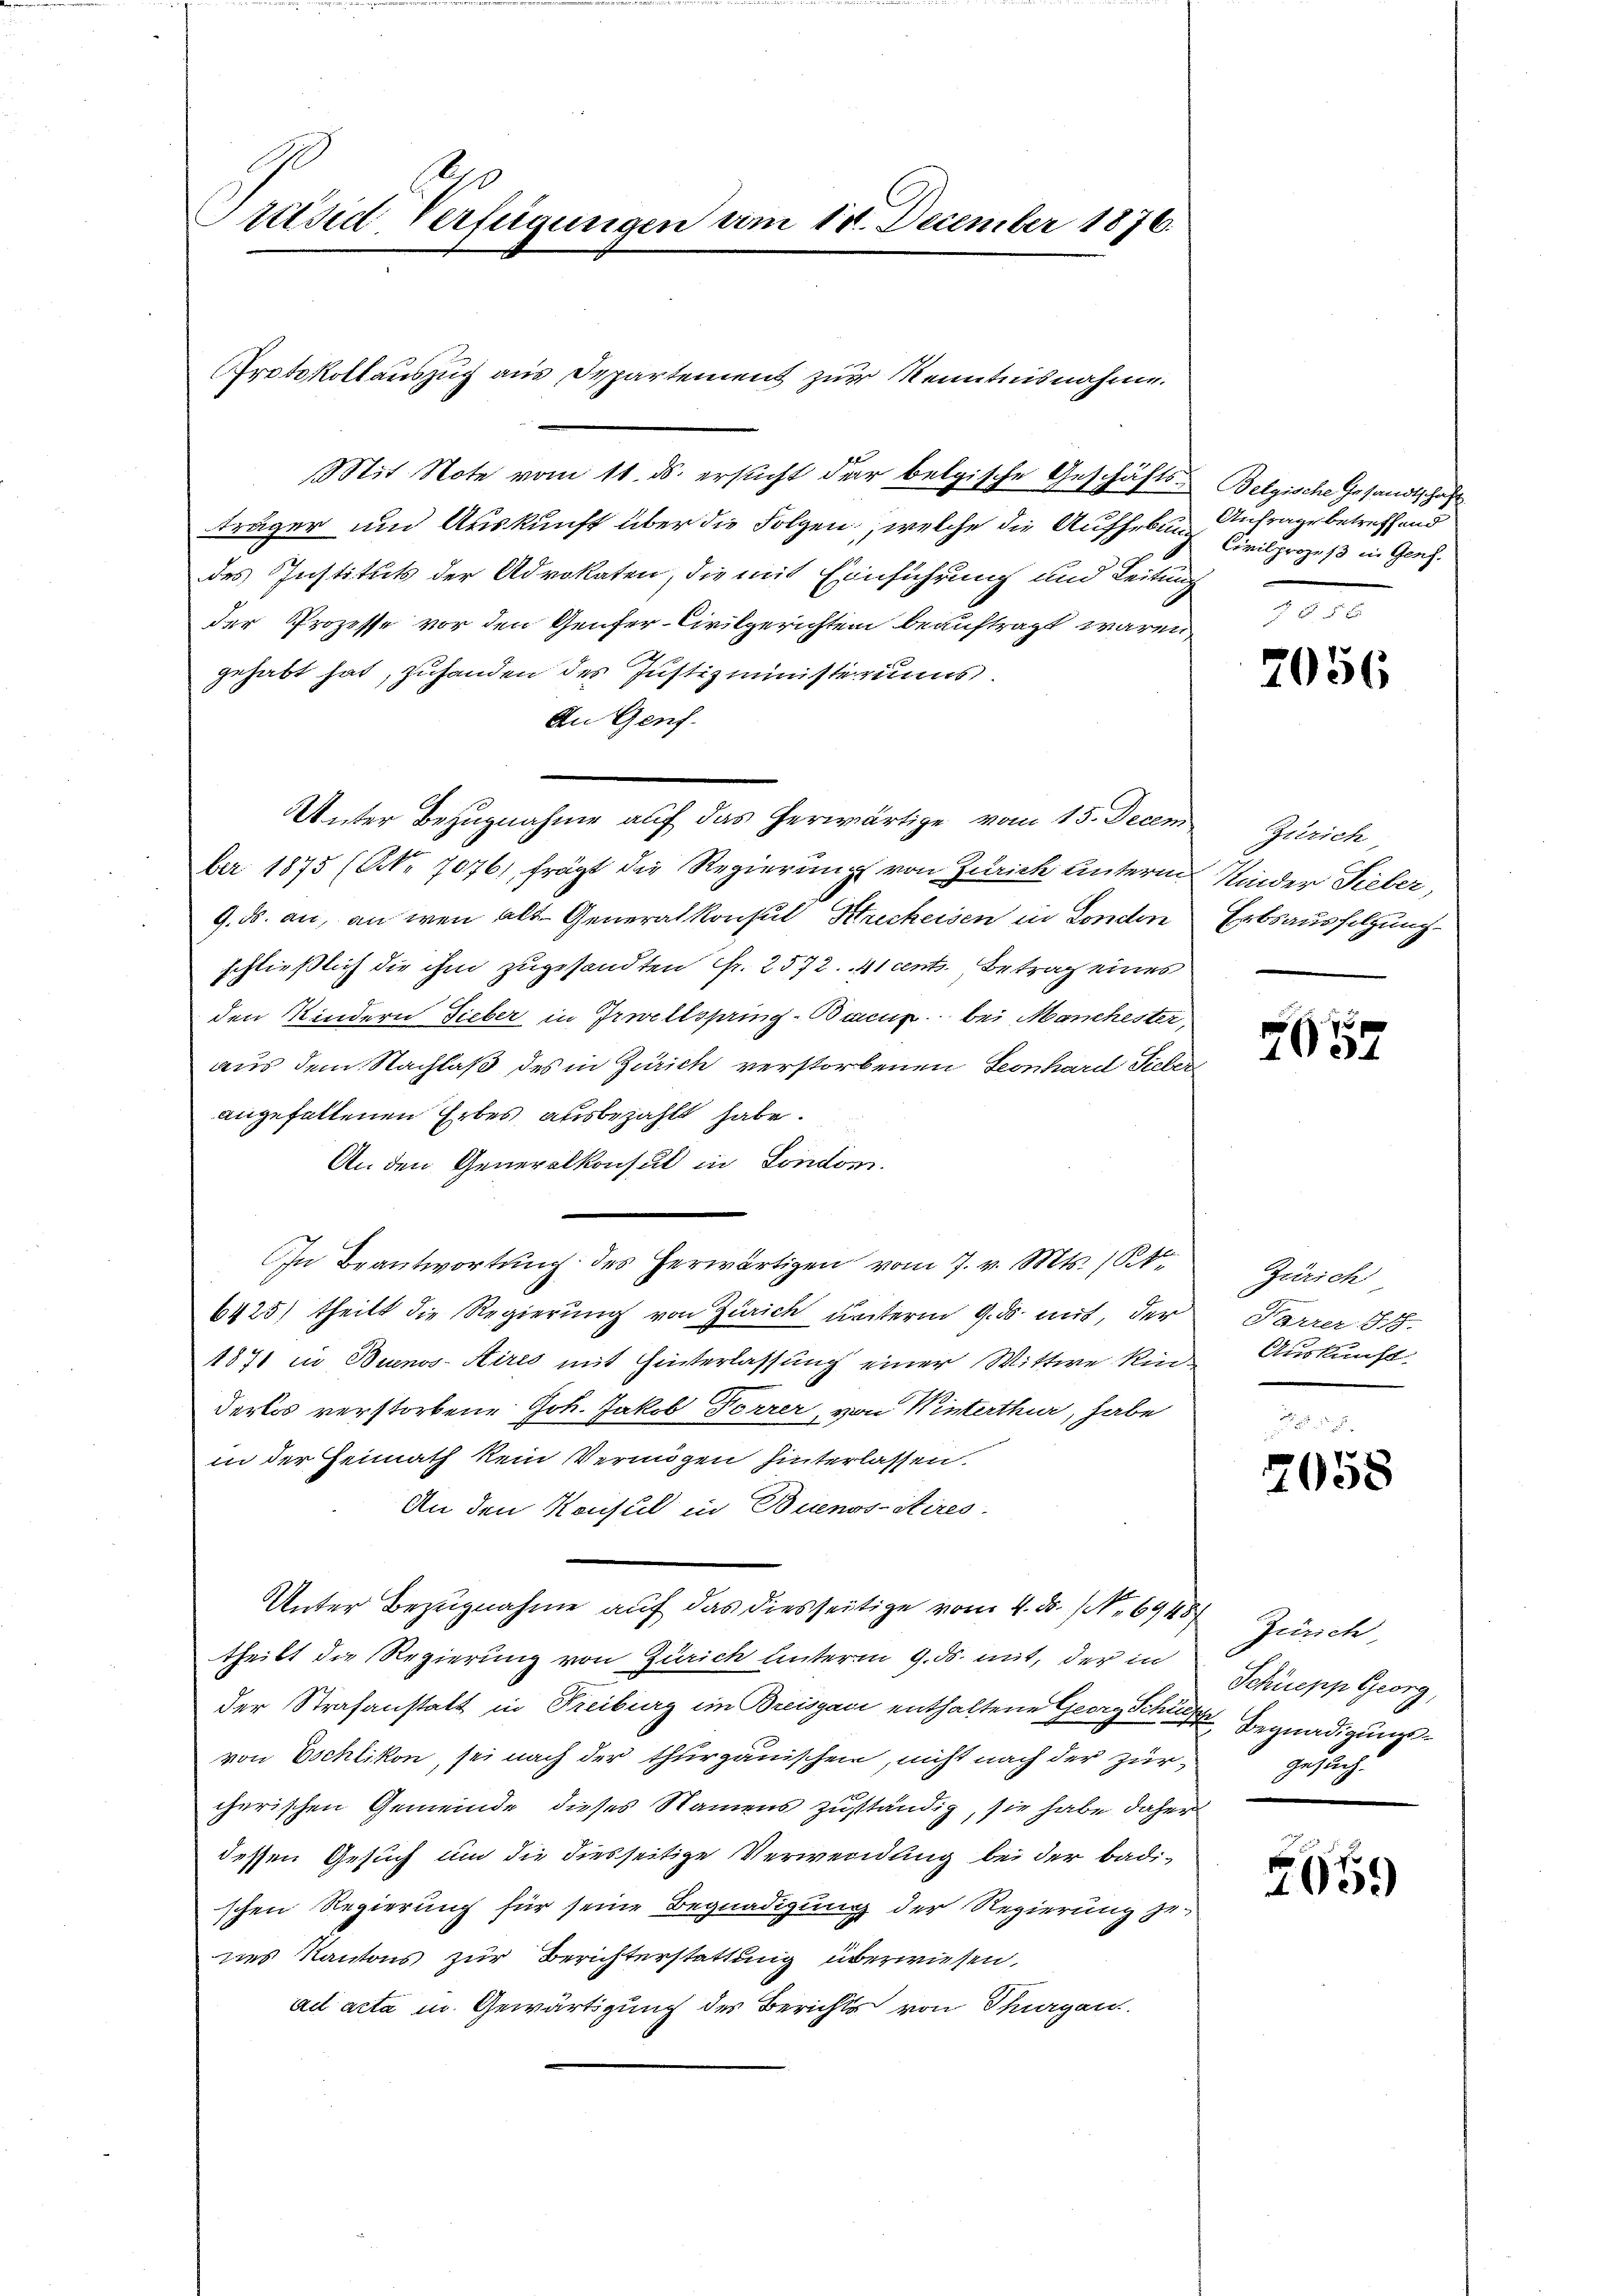
Präsid-Verfügungen am 18. December 1876.

Mit Note vom 11. ds. ersucht der belgische Geschäftsträger und Auskunft über die Folgen, welche die Aufhebundes Instituts der Advokaten, die mit Einführung und Leitung
der Prozesse vor den Genfer-Civilgerichten beauftragt waren,
gehabt hat, zuhanden des Justizministeriums
An Genf.
Unter Bezugnahme auf das herwärtige vom 15. Decem
ber 1875 (NNr. 70761, frägt die Regierung von Zürich unterm
9. ds. an, an wen alt- Generalkonsul Streckeisen in Fonden Erbsausfolgung
schließlich die ihm zugesandten Fr. 2572. 41 cent. Betrag eines
den Kindern Sieber in Irweltspring-Bacur bei Manchester,
aus dem Nachlaß des in Zürich verstorbenen Seonhard Sieber
angefallenen Erbes ausbezahlt habe.
An den Generalkonsul in London.
6425) theilt die Regierung von Zürich unterm 9. ds. mit, der
1871 in Buenos-Aires mit Hinterlassung einer Wittwe Kin- Auskunft
derlos verstorbene Joh. Jakob Forrer, von Winterthur, habe
in der Heimath kein Vermögen hinterlassen.
An den Konsul in Buenos-Aires.
Unter Bezugnahme auf das diesseitige vom 4. ds. (N. 8948 Zürich,
theilt die Regierung von Zürich unterm 9. ds. mit, der in
der Strafanstatt in Freiburg im Breisgau enthaltene Georg Schöne Begnadigungsvon Eschlikon, sei nach der thurgauischen, nicht nach der zürcherischen Gemeinde dieses Namens zuständig, sie habe daher
dessen Gesuch um die diesseitige Verwendung bei der badi-
schen Regierung für seine Begnadigung der Regierung zunes Kantons zur Berichterstattung überwiesen,
ail acta in Gewärtigung des Berichts von Thurgau.

Protokollauszug aus Departement zur Kenntnisnahme.

In Beantwortung des herwärtigen vom 7. v. Mts. 1t

Belgische Gesandtschaft
Anfrage betreffend
Civilprozeß in Genf.

2056

Zürich
Kinder Lieber,

495

Zürich
Farrer S. 17.

2058

Schüepp Georg,
Gesuch.

2659